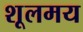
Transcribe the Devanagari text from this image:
शूलमय